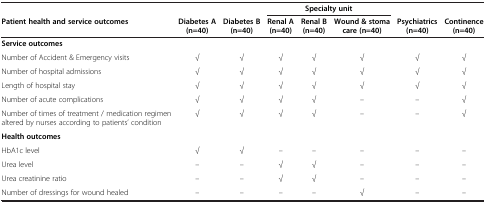
|  |  |  | <COLSPAN=3> Specialty unit |  |  |
 | Patient health and service outcomes | Diabetes A (n=40) | Diabetes B (n=40) | Renal A (n=40) | Renal B (n=40) | Wound & stoma care (n=40) | Psychiatrics (n=40) | Continence (n=40) |
 | --- | --- | --- | --- | --- | --- | --- | --- |
 | Service outcomes |  |  |  |  |  |  |  |
 | Number of Accident & Emergency visits | √ | √ | √ | √ | √ | √ | √ |
 | Number of hospital admissions | √ | √ | √ | √ | √ | √ | √ |
 | Length of hospital stay | √ | √ | √ | √ | √ | √ | √ |
 | Number of acute complications | √ | √ | √ | √ | – | – | √ |
 | Number of times of treatment / medication regimen altered by nurses according to patients’ condition | √ | √ | √ | √ | – | – | √ |
 | Health outcomes |  |  |  |  |  |  |  |
 | HbA1c level | √ | √ | – | – | – | – | – |
 | Urea level | – | – | √ | √ | – | – | – |
 | Urea creatinine ratio | – | – | √ | √ | – | – | – |
 | Number of dressings for wound healed | – | – | – | – | √ | – | – |